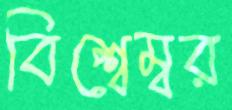
বিশ্বেম্বর